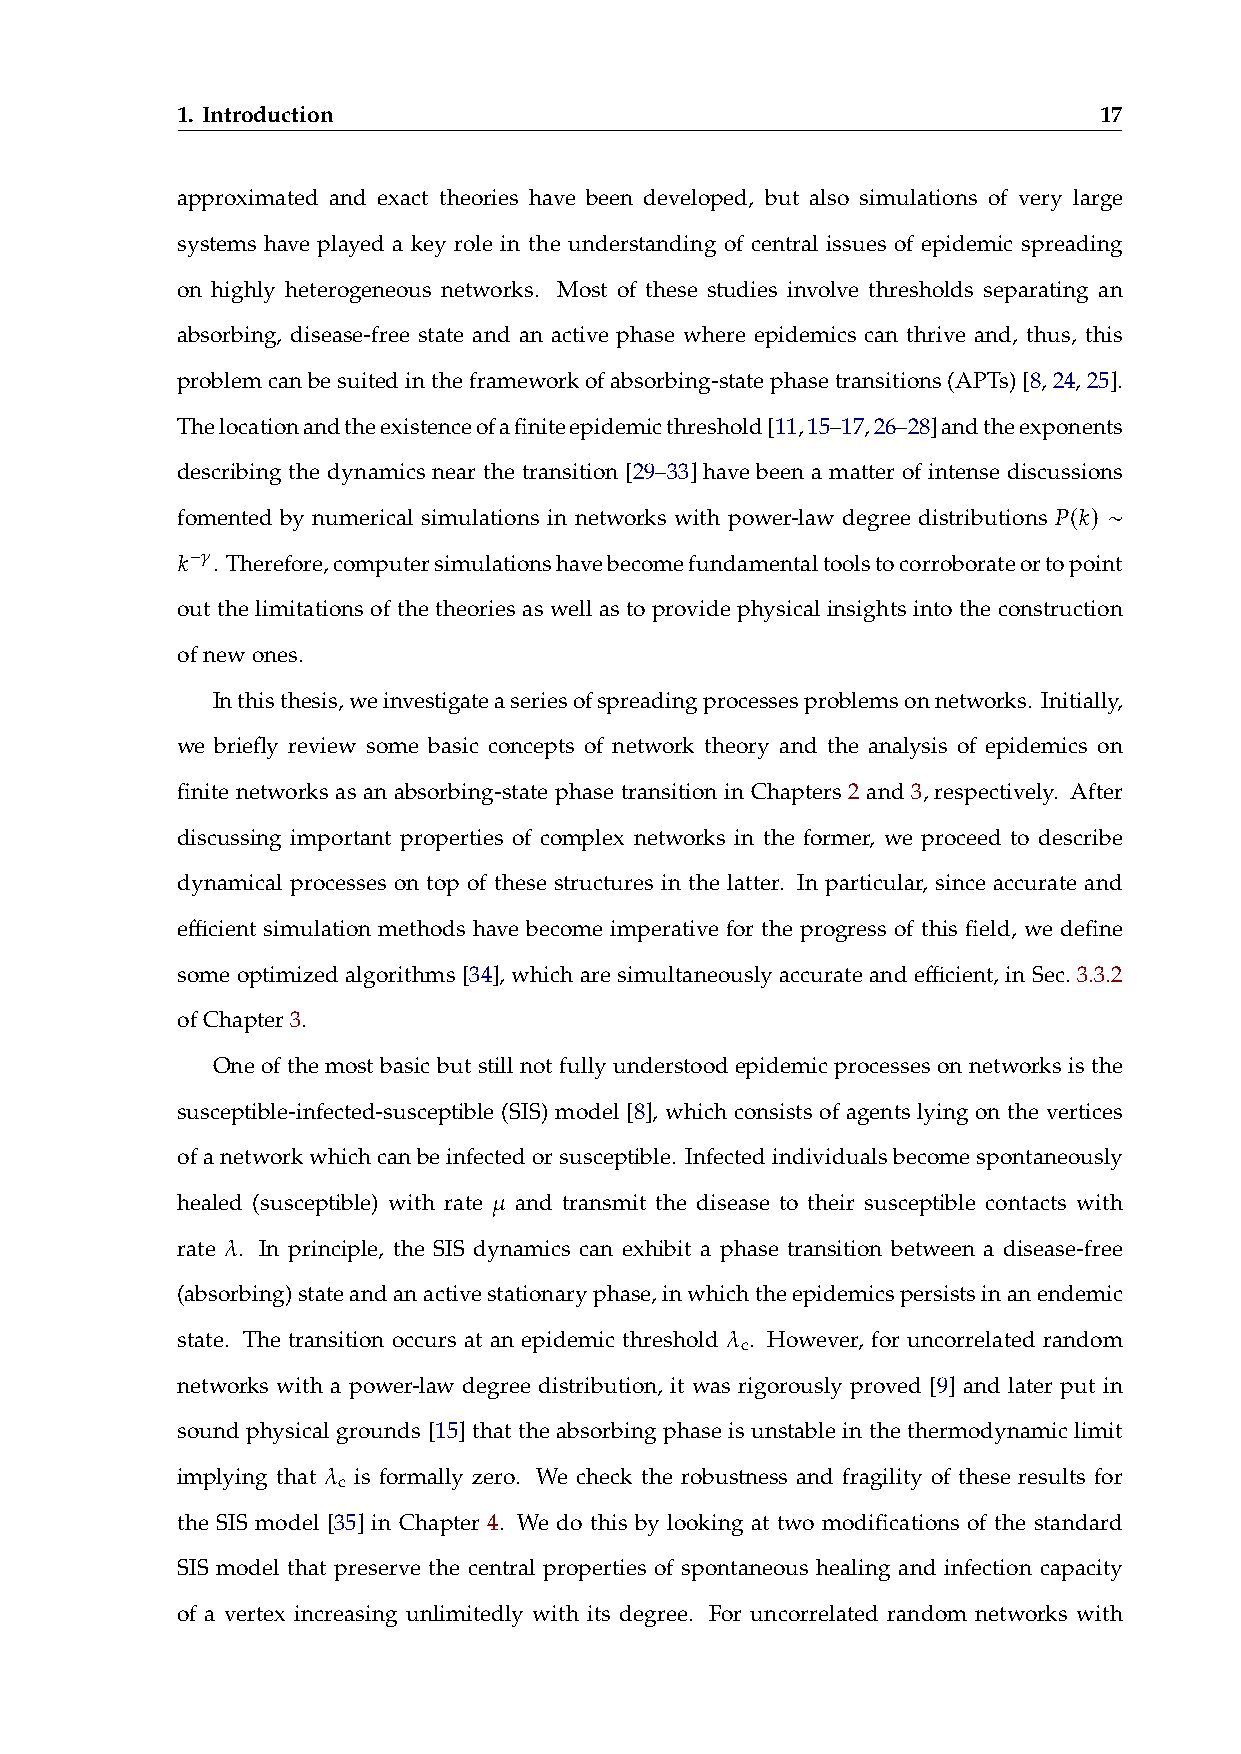
1. Introduction                                              17
 approximated and exact theories have been developed, but also simulations of very large
 systems have played a key role in the understanding of central issues of epidemic spreading
 on highly heterogeneous networks. Most of these studies involve thresholds separating an
 absorbing, disease-free state and an active phase where epidemics can thrive and, thus, this
 problemcanbesuitedintheframeworkofabsorbing-statephasetransitions(APTs)[8,24,25].
 Thelocationandtheexistenceofafiniteepidemicthreshold[11,15–17,26–28]andtheexponents
 describing the dynamics near the transition [29–33] have been a matter of intense discussions
 𝑃(𝑘) ∼
 fomented by numerical simulations in networks with power-law degree distributions
 𝑘−𝛾
 . Therefore,computersimulationshavebecomefundamentaltoolstocorroborateortopoint
 out the limitations of the theories as well as to provide physical insights into the construction
 ofnewones.
 Inthisthesis,weinvestigateaseriesofspreadingprocessesproblemsonnetworks. Initially,
 we briefly review some basic concepts of network theory and the analysis of epidemics on
 finite networks as an absorbing-state phase transition in Chapters 2 and 3, respectively. After
 discussing important properties of complex networks in the former, we proceed to describe
 dynamical processes on top of these structures in the latter. In particular, since accurate and
 efficient simulation methods have become imperative for the progress of this field, we define
 some optimized algorithms [34], which are simultaneously accurate and efficient, in Sec. 3.3.2
 ofChapter3.
 One of the most basic but still not fully understood epidemic processes on networks is the
 susceptible-infected-susceptible (SIS) model [8], which consists of agents lying on the vertices
 ofanetworkwhichcanbeinfectedorsusceptible. Infectedindividualsbecomespontaneously
 𝜇
 healed (susceptible) with rate and transmit the disease to their susceptible contacts with
 𝜆
 rate . In principle, the SIS dynamics can exhibit a phase transition between a disease-free
 (absorbing)stateandanactivestationaryphase,inwhichtheepidemicspersistsinanendemic
 𝜆
 state. The transition occurs at an epidemic threshold . However, for uncorrelated random
 c
 networks with a power-law degree distribution, it was rigorously proved [9] and later put in
 sound physical grounds [15] that the absorbing phase is unstable in the thermodynamic limit
 𝜆
 implying that is formally zero. We check the robustness and fragility of these results for
 c
 the SIS model [35] in Chapter 4. We do this by looking at two modifications of the standard
 SIS model that preserve the central properties of spontaneous healing and infection capacity
 of a vertex increasing unlimitedly with its degree. For uncorrelated random networks with